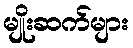
မျိုးဆက်များ